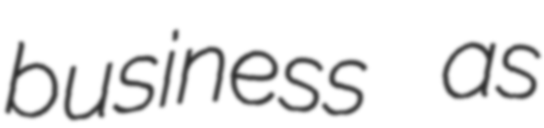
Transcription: business as